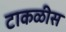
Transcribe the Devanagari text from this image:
टाकळीस